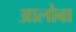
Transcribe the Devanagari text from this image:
आलोबा